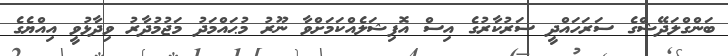
ބަންގްލަދޭޝްގެ ސަރަހައްދީ ސަރުކާރުގެ އިސް އޮފިޝަލެއްކަމަށްވާ ނޫރު މުޙައްމަދު މަޖުމުދާރު ވިދާޅުވީ އިއްޔެގެ